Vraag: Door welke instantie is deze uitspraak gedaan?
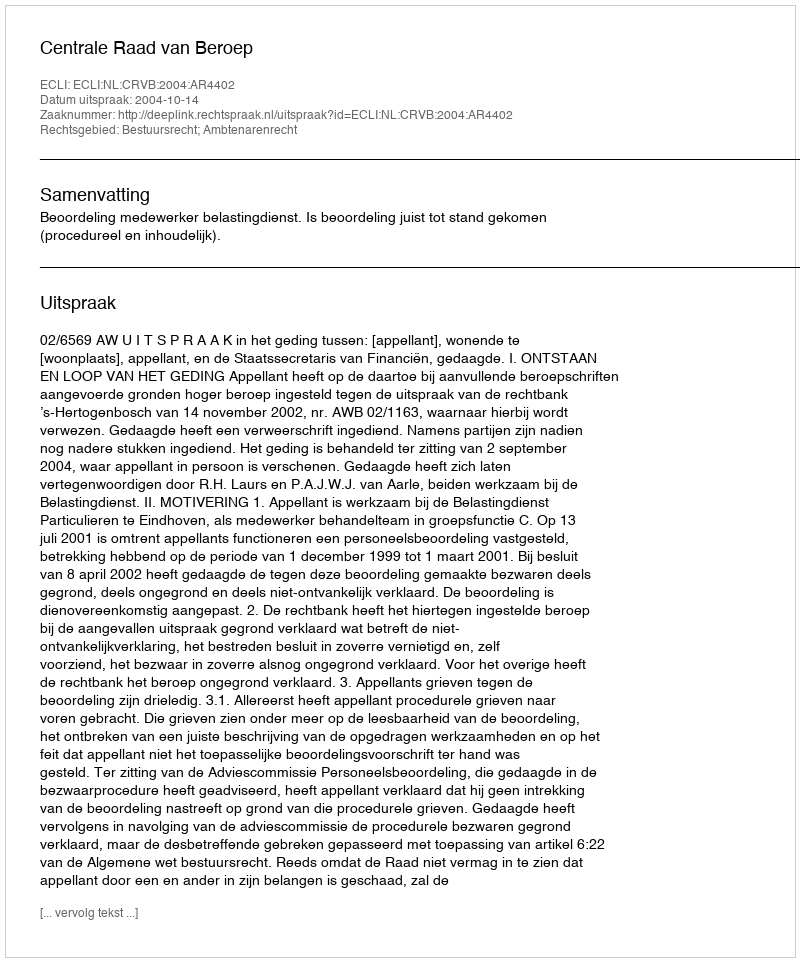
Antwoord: Centrale Raad van Beroep